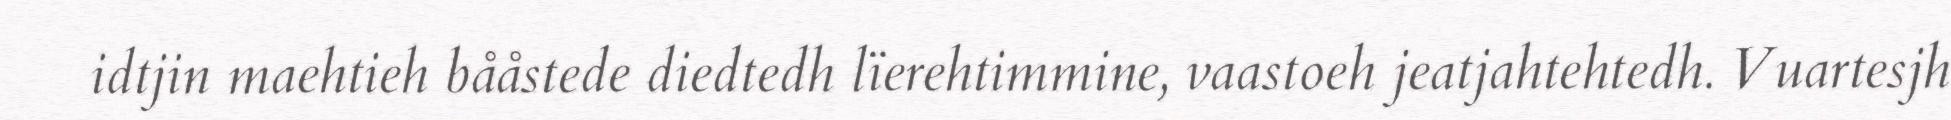
idtjin maehtieh bååstede diedtedh lïerehtimmine, vaastoeh jeatjahtehtedh. Vuartesjh